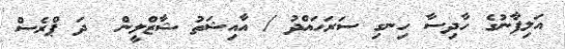
އަލިފާނުގެ ހާދިސާ ހިނގި ސަރަހައްދު / އާއިޝަތު ޝާޒްލީން  ދަ ޕްރެސް